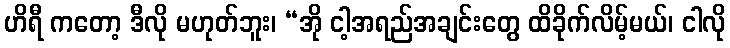
ဟိရီ ကတော့ ဒီလို မဟုတ်ဘူး၊ “အို ငါ့အရည်အချင်းတွေ ထိခိုက်လိမ့်မယ်၊ ငါလို